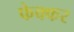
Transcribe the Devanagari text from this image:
फेक्कर